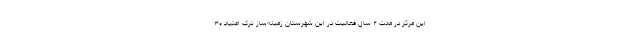
این مرکز در مدت ۲ سال فعالیت در این شهرستان زمینه‌ساز ترک اعتیاد ۳۰